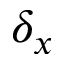
\delta _ { x }